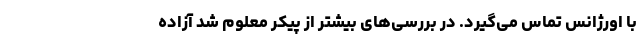
با اورژانس تماس می‌گیرد. در بررسی‌های بیشتر از پیکر معلوم شد آزاده